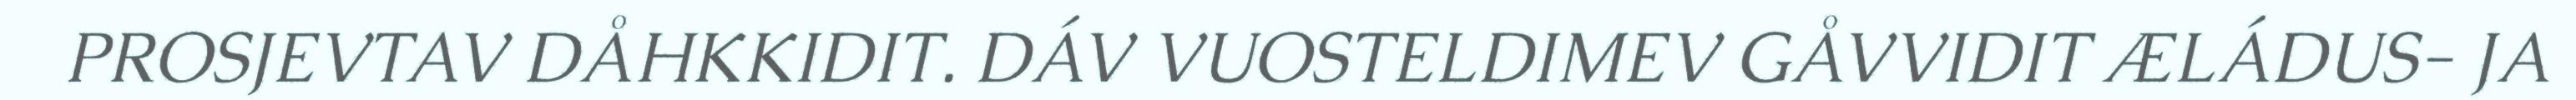
PROSJEVTAV DÅHKKIDIT. DÁV VUOSTELDIMEV GÅVVIDIT ÆLÁDUS- JA